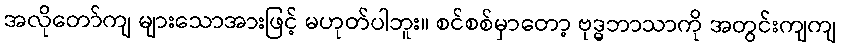
အလိုတော်ကျ များသောအားဖြင့် မဟုတ်ပါဘူး။ စင်စစ်မှာတော့ ဗုဒ္ဓဘာသာကို အတွင်းကျကျ